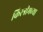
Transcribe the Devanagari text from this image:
किस्त्रीमच्या